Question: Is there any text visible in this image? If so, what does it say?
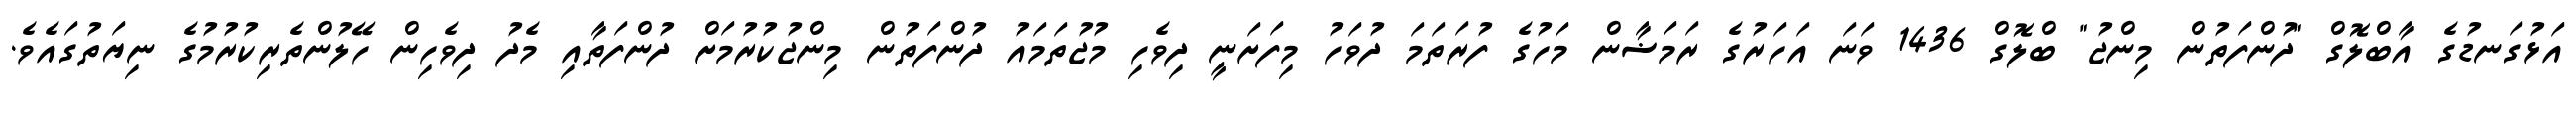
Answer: އަޅުގަނޑުގެ އާބްލޮގް "ދުންފަތުން މިންޖު" ބްލޮގް 1436 ވަނަ އަހަރުގެ ރަމަޟާން މަހުގެ ފުރަތަމަ ދުވަހު މިފަށަނީ ދިވެހި މުޖުތަމައު ދުންފަތުން މިންޖުކުރުމަށް ދުންފަތާއި މެދު ދިވެހިން ހޭލުންތެރިކުރުމުގެ ނިޔަތުގައެވެ.